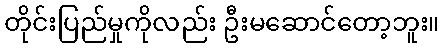
တိုင်းပြည်မှုကိုလည်း ဦးမဆောင်တော့ဘူး။